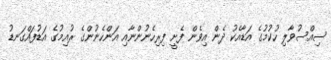
ސިއްސުވާލި ހުކުމުގެ އަޑާއެކު ދެން އިވެން ފެށީ ފިރިހެނުންނާއި އަންހެނުންގެ ރުއިމުގެ އަޑުފައްގަނޑު